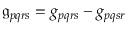
{ \mathfrak { g } _ { p q r s } = g _ { p q r s } - g _ { p q s r } }